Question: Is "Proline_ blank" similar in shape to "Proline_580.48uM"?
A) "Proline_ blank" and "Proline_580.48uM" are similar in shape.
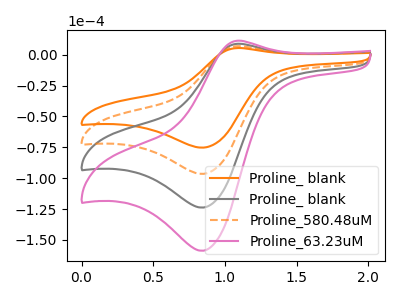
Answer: <think>The orange curve "Proline_ blank" has an anodic peak at (1.10V, 5.35uA) and a cathodic peak at (0.85V, -75.30uA). The gray curve "Proline_ blank" has an anodic peak at (1.10V, 13.75uA) and a cathodic peak at (0.85V, -193.10uA). The orange dashed curve "Proline_580.48uM" has an anodic peak at (1.10V, 6.85uA) and a cathodic peak at (0.85V, -96.55uA). The pink curve "Proline_63.23uM" has an anodic peak at (1.10V, 20.60uA) and a cathodic peak at (0.85V, -289.65uA).
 All the peaks in "Proline_ blank" have a peak in "Proline_580.48uM" at the same potential. Every peak in "Proline_ blank" is lower than every peak in "Proline_580.48uM".</think>
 <answer>A) "Proline_ blank" and "Proline_580.48uM" are similar in shape.</answer>
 <eval>A</eval>